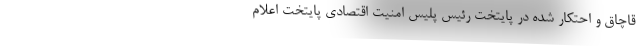
قاچاق و احتکار شده در پایتخت رئیس پلیس امنیت اقتصادی پایتخت اعلام